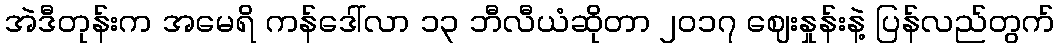
အဲဒီတုန်းက အမေရိ ကန်ဒေါ်လာ ၁၃ ဘီလီယံဆိုတာ ၂၀၁၇ ဈေးနှုန်းနဲ့ ပြန်လည်တွက်